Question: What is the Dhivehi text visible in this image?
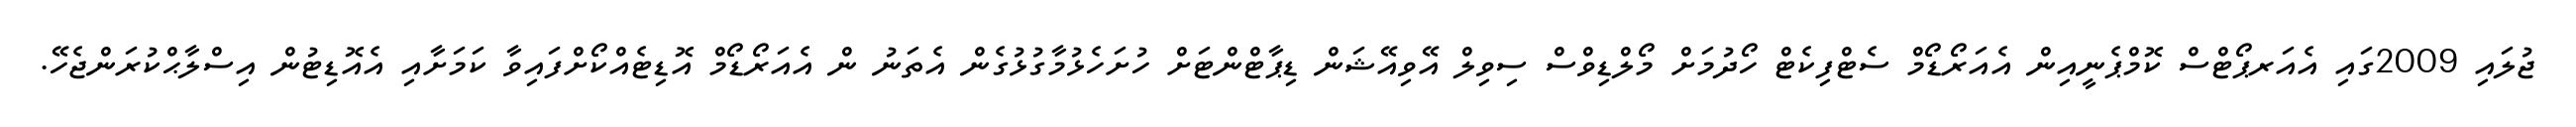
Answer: ޖުލައި 2009ގައި އެއަރޕޯޓްސް ކޮމްޕެނީއިން އެއަރޯޑޯމް ސެޓްފިކެޓް ހޯދުމަށް މޯލްޑިވްސް ސިވިލް އޭވިއޭޝަން ޑިޕާޓްންޓަށް ހުށަހެޅުމާގުޅުގެން އެތަނު ން އެއަރޯޑޯމް އޮޑިޓެއްކޯށްފައިވާ ކަމަށާއި އެއޮޑިޓުން އިސްލާޙްކުރަންޖެހޭ.